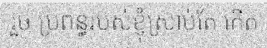
រួច ប្រពន្ធរបស់ខ្ញុំស្រាប់តែ កើត